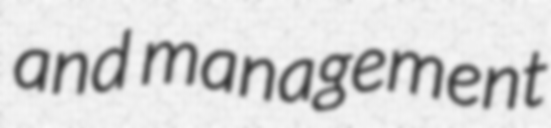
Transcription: and management